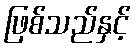
ဖြစ်သည်နှင့်